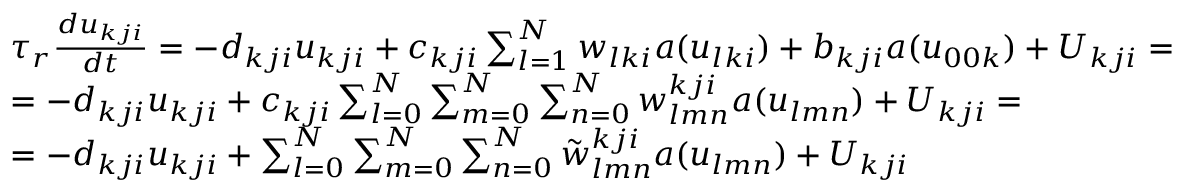
\begin{array} { r l } & { \tau _ { r } \frac { d u _ { k j i } } { d t } = - d _ { k j i } u _ { k j i } + c _ { k j i } \sum _ { l = 1 } ^ { N } w _ { l k i } a ( u _ { l k i } ) + b _ { k j i } a ( u _ { 0 0 k } ) + U _ { k j i } = } \\ & { = - d _ { k j i } u _ { k j i } + c _ { k j i } \sum _ { l = 0 } ^ { N } \sum _ { m = 0 } ^ { N } \sum _ { n = 0 } ^ { N } w _ { l m n } ^ { k j i } a ( u _ { l m n } ) + U _ { k j i } = } \\ & { = - d _ { k j i } u _ { k j i } + \sum _ { l = 0 } ^ { N } \sum _ { m = 0 } ^ { N } \sum _ { n = 0 } ^ { N } \tilde { w } _ { l m n } ^ { k j i } a ( u _ { l m n } ) + U _ { k j i } } \end{array}